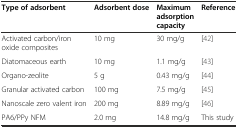
<table><thead><tr><td><b>Type of adsorbent</b></td><td><b>Adsorbent dose</b></td><td><b>Maximum adsorption capacity</b></td><td><b>Reference</b></td></tr></thead><tbody><tr><td>Activated carbon/iron oxide composites</td><td>10 mg</td><td>30 mg/g</td><td>[42]</td></tr><tr><td>Diatomaceous earth</td><td>10 mg</td><td>1.1 mg/g</td><td>[43]</td></tr><tr><td>Organo-zeolite</td><td>5 g</td><td>0.43 mg/g</td><td>[44]</td></tr><tr><td>Granular activated carbon</td><td>100 mg</td><td>7.5 mg/g</td><td>[45]</td></tr><tr><td>Nanoscale zero valent iron</td><td>200 mg</td><td>8.89 mg/g</td><td>[46]</td></tr><tr><td>PA6/PPy NFM</td><td>2.0 mg</td><td>14.8 mg/g</td><td>This study</td></tr></tbody></table>